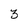
Character: 3